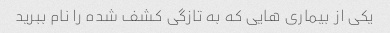
یکی از بیماری هایی که به تازگی کشف شده را نام ببرید